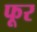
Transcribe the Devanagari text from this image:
फूर